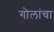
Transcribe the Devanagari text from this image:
गोलांचा